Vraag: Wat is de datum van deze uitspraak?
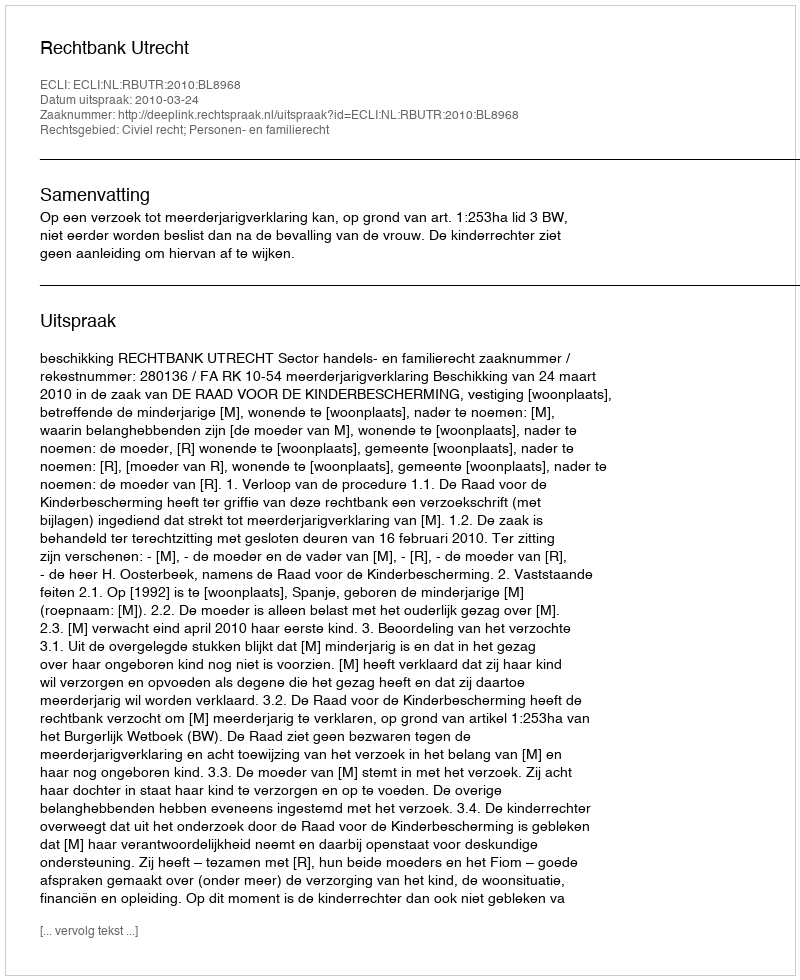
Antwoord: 2010-03-24